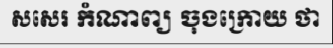
សសេរ កំណាព្យ ចុងក្រោយ ថា